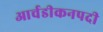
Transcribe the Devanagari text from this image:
आर्चडीकनपदी